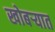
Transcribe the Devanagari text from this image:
खोबऱ्यात